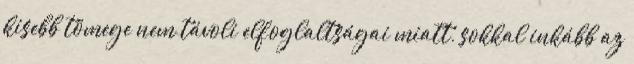
kisebb tömege nem távoli elfoglaltságai miatt, sokkal inkább az